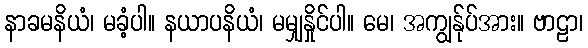
နာခမနိယံ၊ မခံ့ပါ။ နယာပနိယံ၊ မမျှနှိုင်ပါ။ မေ၊ အကျွန်ုပ်အား။ ဗာဠာ၊